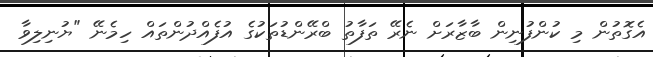
އެގޮތުން މި ކުންފުނިން ބާޒާރަށް ނެރޭ ތަފާތު ބްރޭންޑުތަކުގެ އުފެއްދުންތައް ހިމެނޭ "ޔުނިލިވާ